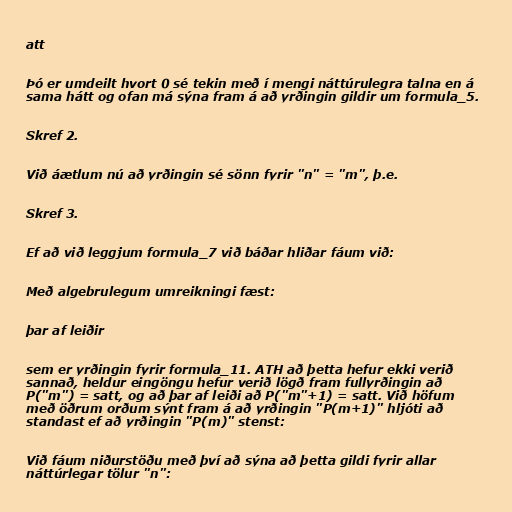
att

Þó er umdeilt hvort 0 sé tekin með í mengi náttúrulegra talna en á
sama hátt og ofan má sýna fram á að yrðingin gildir um formula_5.

Skref 2.

Við áætlum nú að yrðingin sé sönn fyrir "n" = "m", þ.e.

Skref 3.

Ef að við leggjum formula_7 við báðar hliðar fáum við:

Með algebrulegum umreikningi fæst:

þar af leiðir

sem er yrðingin fyrir formula_11. ATH að þetta hefur ekki verið
sannað, heldur eingöngu hefur verið lögð fram fullyrðingin að
P("m") = satt, og að þar af leiði að P("m"+1) = satt. Við höfum
með öðrum orðum sýnt fram á að yrðingin "P(m+1)" hljóti að
standast ef að yrðingin "P(m)" stenst:

Við fáum niðurstöðu með því að sýna að þetta gildi fyrir allar
náttúrlegar tölur "n":